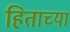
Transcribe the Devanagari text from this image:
हिताच्‍या